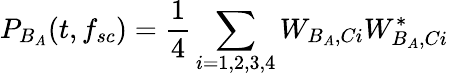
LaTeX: P_{B_{A}}(t,f_{sc})=\frac{1}{4}\sum_{i=1,2,3,4}W_{B_{A},Ci}W_{B_{A},Ci}^{*}